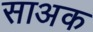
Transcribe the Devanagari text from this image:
साअक